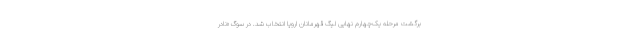
برگشت مرحله یک‌چهارم نهایی لیگ قهرمانان اروپا انتخاب شد. در سوگ‌ «نادر